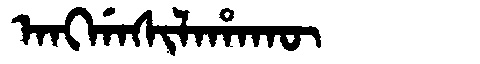
Manchu: ᠠᠩᡤᠠᠰᡳᠯᠠᡥᠠᡴᡡ
Romanization: ANGGASILAHAKŪ